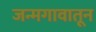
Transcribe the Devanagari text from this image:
जन्मगावातून